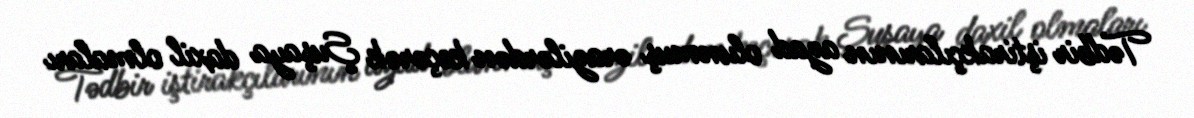
Tədbir iştirakçılarının azad olunmuş ərazilərdən keçərək Şuşaya daxil olmaları